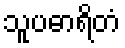
သူပဓာရိတံ